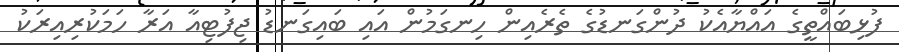
ފުޅިބައްތީގެ އައްޔާއެކު ދުންގަނޑުގެ ތެރެއިން ހިނގަމުން އައި ބައިގަނޑު ޖިފުޓިއާ އަރާ ހަމަކުރިއިރަކު